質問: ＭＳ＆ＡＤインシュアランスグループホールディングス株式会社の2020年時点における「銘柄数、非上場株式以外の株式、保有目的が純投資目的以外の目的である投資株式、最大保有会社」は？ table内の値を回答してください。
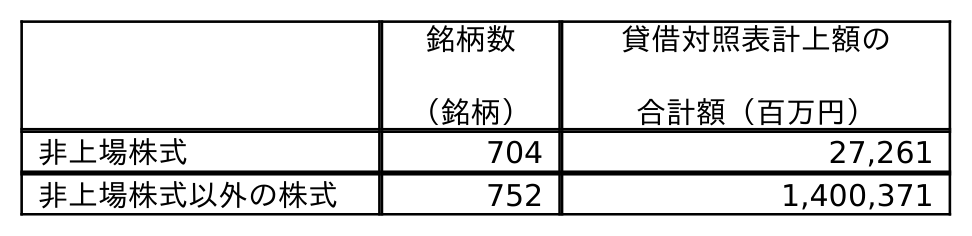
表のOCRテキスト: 銘柄数 （銘柄） 貸借対照表計上額の 合計額（百万円） 非上場株式 704 27,261 非上場株式以外の株式 752 1,400,371
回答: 752